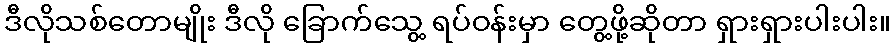
ဒီလိုသစ်တောမျိုး ဒီလို ခြောက်သွေ့ ရပ်ဝန်းမှာ တွေ့ဖို့ဆိုတာ ရှားရှားပါးပါး။